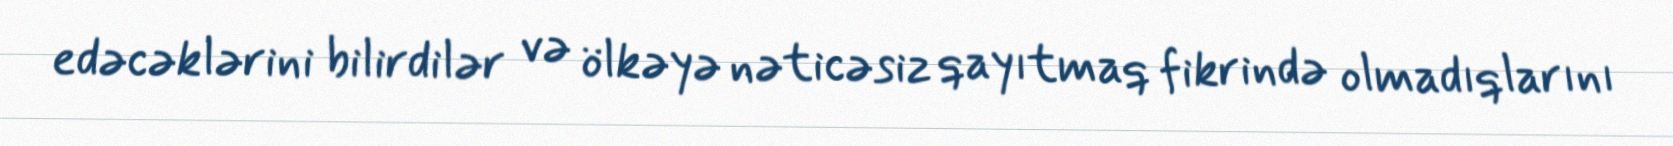
edəcəklərini bilirdilər və ölkəyə nəticəsiz qayıtmaq fikrində olmadıqlarını